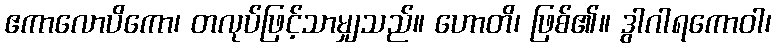
ဧကာလောပိကော၊ တလုပ်ဖြင့်သာမျှသည်။ ဟောတိ၊ ဖြစ်၏။ ဒွါဂါရကောဝါ၊